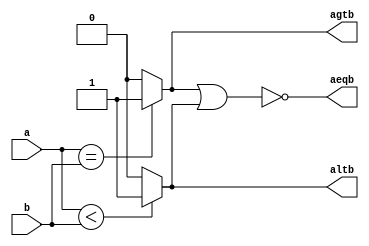
/* three conditions are mutually exclusive and therefore  we can have third conditon if 2 are known*/

module full_comparator_eff1 #(parameter width = 8)
(
input		[width-1:0]a,
input		[width-1:0]b,
output		agtb,
output		altb,
output		aeqb
);
wire gt; //equal condition
wire lt; //less than condition

assign gt	= (a == b) ? 1 : 0;

assign lt 	=  a<b ? 1 : 0;

assign agtb	=  gt;

assign altb 	=  lt;

assign aeqb 	= !(gt || lt); // (thought !(agtb || altb) will also work )this is the why took wires so as to avoid assigning output to another output


endmodule